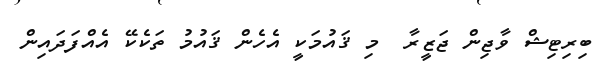
ބިރިޓިޝް ވާޖިން ޖަޒީރާ  މި ޤައުމަކީ އެހެން ޤައުމު ތަކެކޭ އެއްފަދައިން